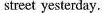
street yesterday.